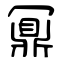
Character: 鼏